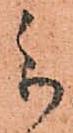
参